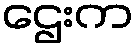
ဌေးက